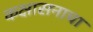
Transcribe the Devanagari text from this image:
कक्षासनाचा